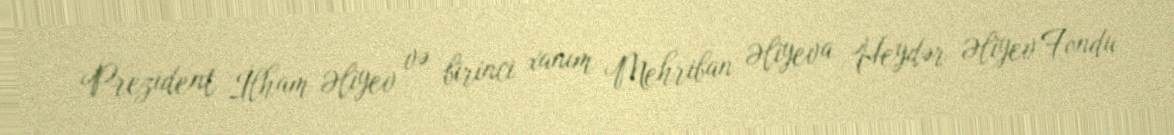
Prezident İlham Əliyev və birinci xanım Mehriban Əliyeva Heydər Əliyev Fondu